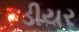
ડીયર